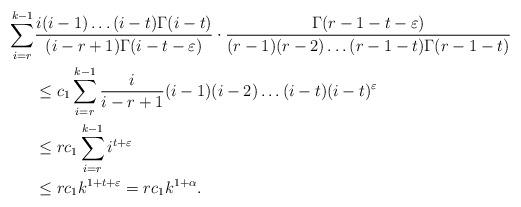
LaTeX: \begin{align*}\sum_{i=r}^{k-1} &\frac{i(i-1)\ldots (i-t) \Gamma(i-t)}{(i-r+1)\Gamma(i-t-\varepsilon)} \cdot \frac{\Gamma(r-1-t-\varepsilon)}{(r-1)(r-2)\ldots (r-1-t)\Gamma(r-1-t)}\\&\leq c_1 \sum_{i=r}^{k-1} \frac{i}{i-r+1} (i-1)(i-2)\ldots(i-t) (i-t)^{\varepsilon}\\&\leq r c_1 \sum_{i=r}^{k-1} i^{t+\varepsilon}\\&\leq r c_1 k^{1+t+\varepsilon} = r c_1 k^{1+\alpha}.\end{align*}